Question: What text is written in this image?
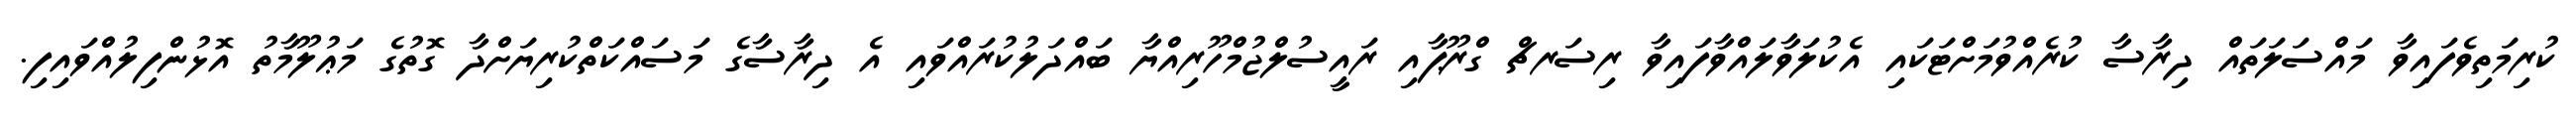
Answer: ކުރިމަތިވެފައިވާ މައްސަލަތައް ދިރާސާ ކުރެއްވުމަށްޓަކައި އެކުލަވާލައްވާފައިވާ ރިސަރޗް ގްރޫޕާއި ރައީސުލްޖުމްހޫރިއްޔާ ބައްދަލުކުރައްވައި އެ ދިރާސާގެ މަސައްކަތްކުރިޔަށްދާ ގޮތުގެ މަޢުލޫމާތު އޮޅުންފިލުއްވައިފި.